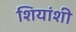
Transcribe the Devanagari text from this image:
शियांशी